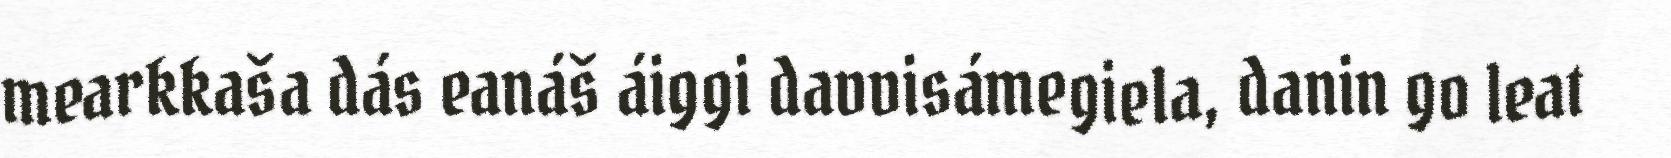
mearkkaša dás eanáš áiggi davvisámegiela, danin go leat